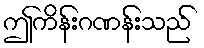
ဤကိန်းဂဏန်းသည်